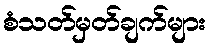
စံသတ်မှတ်ချက်များ